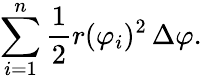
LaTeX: \sum_{i=1}^{n}{\frac{1}{2}}r(\varphi_{i})^{2}\, \Delta\varphi.